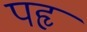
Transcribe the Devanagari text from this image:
पहृ